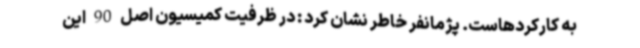
به کارکردهاست. پژمانفر خاطر نشان کرد : در ظرفیت کمیسیون اصل 90 این